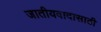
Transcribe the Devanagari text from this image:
जातीयवादासाठी